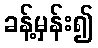
ခန့်မှန်း၍